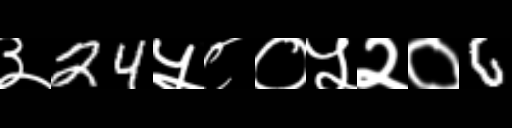
Text: ३24५८०५२०6